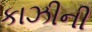
કાઝીની